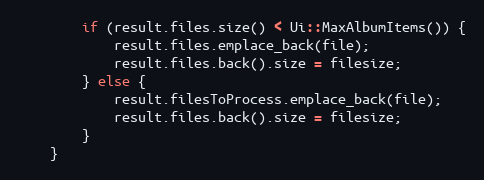
Language: C++
		if (result.files.size() < Ui::MaxAlbumItems()) {
			result.files.emplace_back(file);
			result.files.back().size = filesize;
		} else {
			result.filesToProcess.emplace_back(file);
			result.files.back().size = filesize;
		}
	}